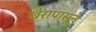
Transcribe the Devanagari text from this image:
खैरापासून